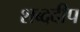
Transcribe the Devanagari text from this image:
शब्ददीप